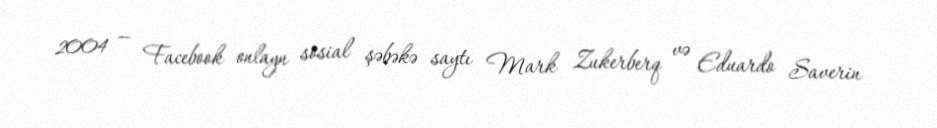
2004 — Facebook onlayn sosial şəbəkə saytı Mark Zukerberq və Eduardo Saverin